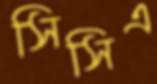
সিসিএ